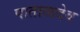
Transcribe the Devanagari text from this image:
पाताळदेव